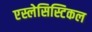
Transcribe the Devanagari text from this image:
एस्लेसिस्टिकल